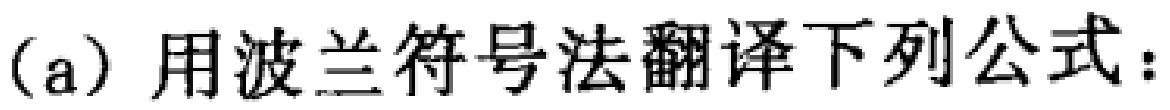
(a) 用波兰符号法翻译下列公式：